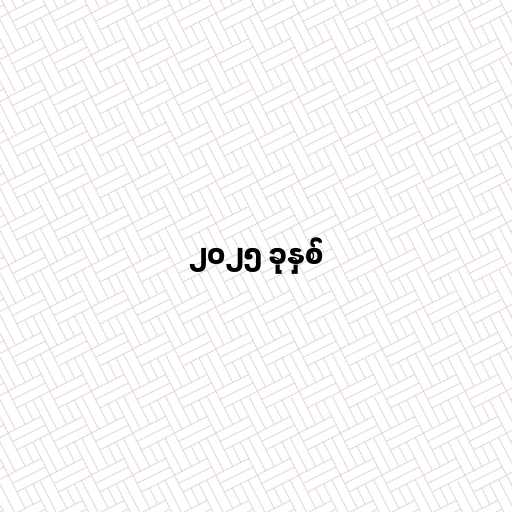
၂၀၂၅ ခုနှစ်